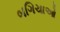
બગિચાઓ